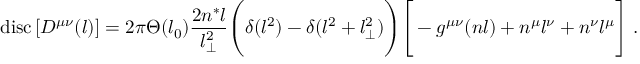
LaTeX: \mathrm { \mathrm { ~ d i s c } } \left[ { \cal D } ^ { \mu \nu } ( l ) \right] = 2 \pi \Theta ( l _ { 0 } ) \frac { 2 n ^ { * } l } { l _ { \perp } ^ { 2 } } \Bigg ( \delta ( l ^ { 2 } ) - \delta ( l ^ { 2 } + l _ { \perp } ^ { 2 } ) \Bigg ) \Bigg [ - g ^ { \mu \nu } ( n l ) + n ^ { \mu } l ^ { \nu } + n ^ { \nu } l ^ { \mu } \Bigg ] \; .